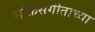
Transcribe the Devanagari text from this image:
भक्तिसंगीताच्या